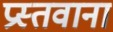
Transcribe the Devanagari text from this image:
प्रस्तवाना